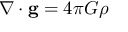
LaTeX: \nabla \cdot \mathbf { g } = 4 \pi G \rho \,